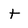
Character: t